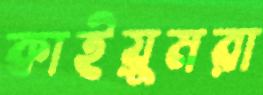
কাইয়ুমরা